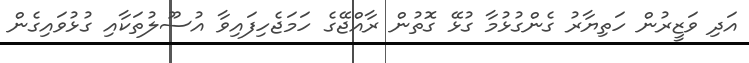
އަދި ވަޒީރުން ހަތިޔާރު ގެންގުޅުމާ ގުޅޭ ގޮތުން ރާއްޖޭގެ ހަމަޖެހިފައިވާ އުސޫލުތަކާއި ގުޅުވައިގެން